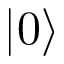
\vert 0 \rangle